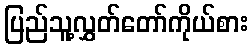
ပြည်သူ့လွှတ်တော်ကိုယ်စား